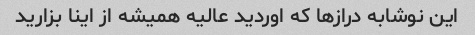
این نوشابه دراز‌ها که اوردید عالیه همیشه از اینا بزارید